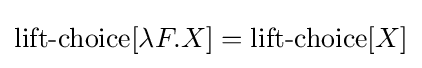
\operatorname {lift-choice} [\lambda F.X]=\operatorname {lift-choice} [X]